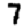
Digit: 7